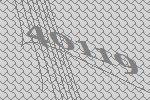
40119